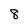
Character: 8